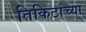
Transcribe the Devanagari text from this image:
तिकिटांच्या